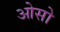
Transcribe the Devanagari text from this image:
ओसो